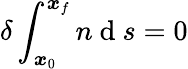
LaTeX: \delta\int_{\boldsymbol{x}_{0}}^{\boldsymbol{x}_{f}}n\mathrm{~d~}s=0